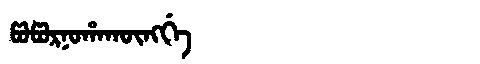
Manchu: ᡦᠣᡦᠣᡵᠨᠣᡥᠠᡴᡡᠩᡤᡝ
Romanization: POPORNOHAKŪNGGE